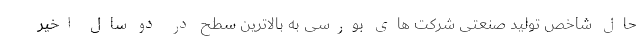
حال شاخص تولید صنعتی شرکت های بورسی به بالاترین سطح در دو سال اخیر